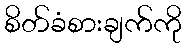
စိတ်ခံစားချက်ကို